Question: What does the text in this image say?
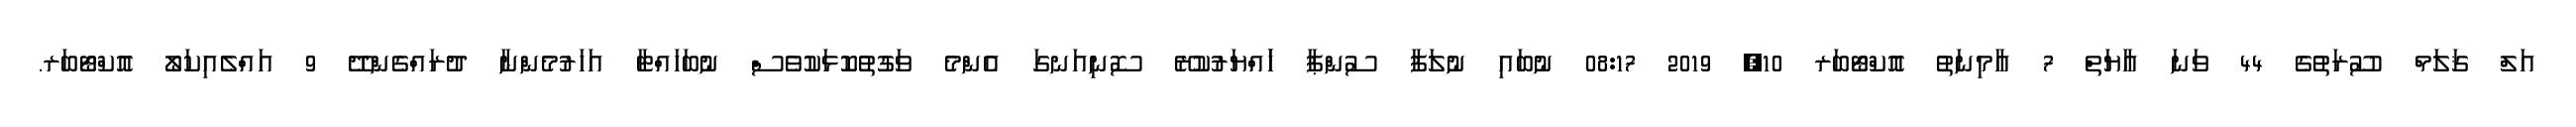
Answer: އަލް ޤަލަމް ސޫރަތުގެ 44 ވަނަ އާޔަތް 7 އާމިނަތު އޮކްޓޯބަރ 10, 2019 08:17 ނުބައި ނުލަފާ ސުންޕާ ހަައްޔަރުކުރޭ ސޮނިއަނގަ އެންމެ ވަގުތުކޮޅަކުވެސް ނުބަހައްޓާ އަހަރުމެންނާ ދުރައްގެންދޭ 9 އައްލެއިކަލޯ އޮކްޓޯބަރ.